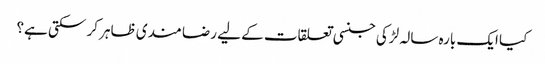
کیا ایک بارہ سالہ لڑکی جنسی تعلقات کے لیے رضا مندی ظاہر کر سکتی ہے؟